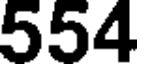
554